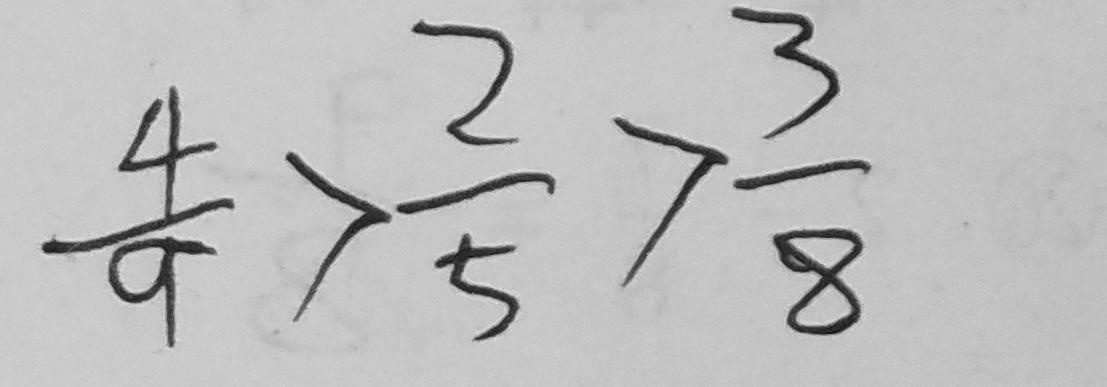
\frac { 4 } { 9 } > \frac { 2 } { 5 } > \frac { 3 } { 8 }